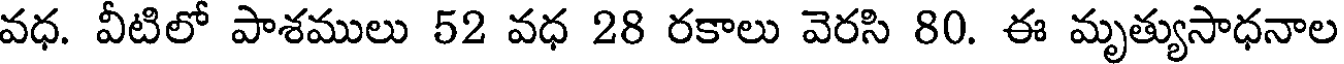
వధ. వీటిలో పాశములు 52 వధ 28 రకాలు వెరసి 80. ఈ మృత్యుసాధనాల